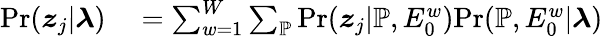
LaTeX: \begin{array}{rl}{\mathrm{Pr}(\boldsymbol{z}_{j}|\boldsymbol{\lambda})}&{{}=\sum_{w=1}^{W}\sum_{\mathbb{P}}\mathrm{Pr}(\boldsymbol{z}_{j}|\mathbb{P},E_{0}^{w})\mathrm{Pr}(\mathbb{P},E_{0}^{w}|\boldsymbol{\lambda})}\end{array}